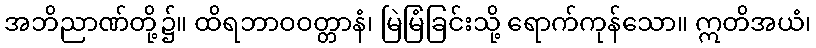
အဘိညာဏ်တို့၌။ ထိရဘာဝဝတ္တာနံ၊ မြဲမြံခြင်းသို့ ရောက်ကုန်သော။ ဣတိအယံ၊